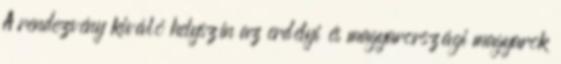
A rendezvény kiváló helyszín az erdélyi és magyarországi magyarok